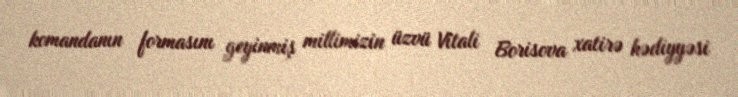
komandanın formasını geyinmiş millimizin üzvü Vitali Borisova xatirə hədiyyəsi